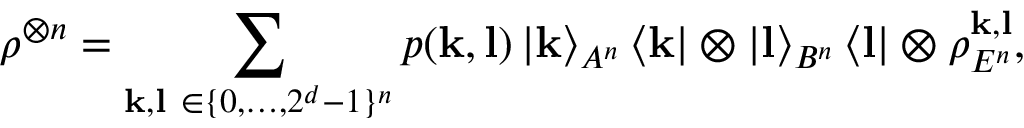
\rho ^ { \otimes n } = \sum _ { \mathbf { k } , \mathbf { l } ~ \in \{ 0 , \dots , 2 ^ { d } - 1 \} ^ { n } } p ( \mathbf { k } , \mathbf { l } ) \left\vert \mathbf { k } \right\rangle _ { A ^ { n } } \left\langle \mathbf { k } \right\vert \otimes \left\vert \mathbf { l } \right\rangle _ { B ^ { n } } \left\langle \mathbf { l } \right\vert \otimes \rho _ { E ^ { n } } ^ { \mathbf { k } , \mathbf { l } } ,